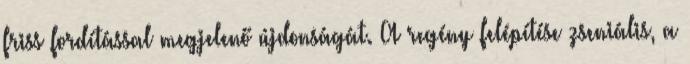
friss fordítással megjelenő újdonságát. A regény felépítése zseniális, a